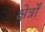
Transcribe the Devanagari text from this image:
क्षेर्त्रों